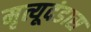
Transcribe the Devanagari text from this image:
मृत्यूदंडास